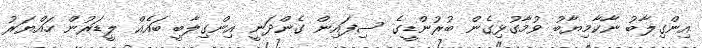
އިންގިލާބު ނާކާމިޔާބު ވުމާގުޅިގެން ބުރުންޑީގެ ސިފައިން ގެންދަނީ އިންގިލާބީ ބައެއް ލީޑަރުން ހައްޔަރު